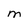
Character: M